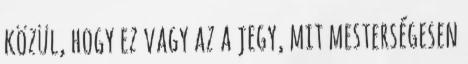
közül, hogy ez vagy az a jegy, mit mesterségesen